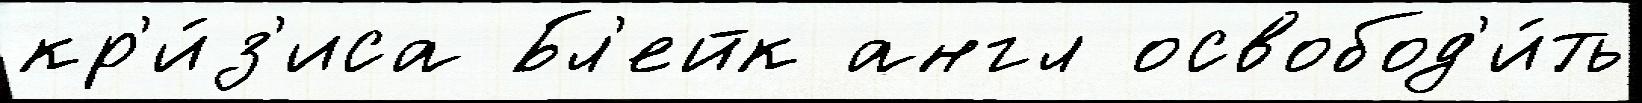
кр'и́з'иса Бл'ейк англ освобод'и́ть